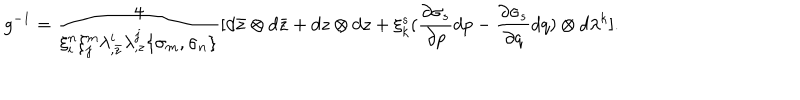
LaTeX: g ^ { - 1 } = { \frac { 4 } { \xi _ { i } ^ { n } \xi _ { j } ^ { m } \lambda _ { , \bar { z } } ^ { i } \lambda _ { , z } ^ { j } \{ \sigma _ { m } , \sigma _ { n } \} } } [ d \bar { z } \otimes d \bar { z } + d z \otimes d z + \xi _ { k } ^ { s } ( { \frac { \partial \sigma _ { s } } { \partial p } } d p - { \frac { \partial \sigma _ { s } } { \partial q } } d q ) \otimes d \lambda ^ { k } ] .